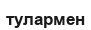
тулармен